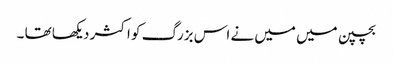
بچپن میں میں نے اس بزرگ کو اکثر دیکھا تھا ۔